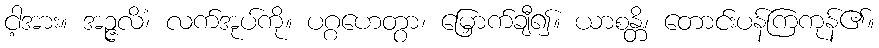
ငါ့အား။ အဉ္ဇလိံ၊ လက်အုပ်ကို။ ပဂ္ဂဟေတွာ၊ မြှောက်ချီ၍။ ယာစန္တိ၊ တောင်းပန်ကြကုန်၏။